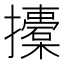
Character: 𢸨